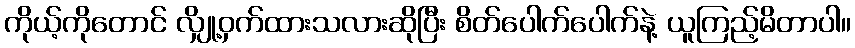
ကိုယ့်ကိုတောင် လျှို့ဝှက်ထားသလားဆိုပြီး စိတ်ပေါက်ပေါက်နဲ့ ယူကြည့်မိတာပါ။